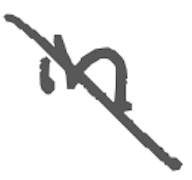
Text: in
Cross-out: diagonal
Writing tool: digital_gray